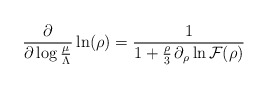
\begin{align*}\frac{\partial}{\partial \log \frac{\mu}{\Lambda}}\ln (\rho)=\frac{1}{1+ \frac{\rho}{3}\, \partial_{\rho}\ln {\cal F}(\rho)}\end{align*}